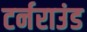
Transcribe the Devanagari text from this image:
टर्नराउंड